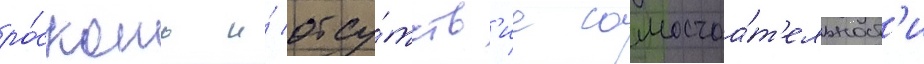
ро́скошь и́ отсу́тств'ие самостоа́т'ельност'и